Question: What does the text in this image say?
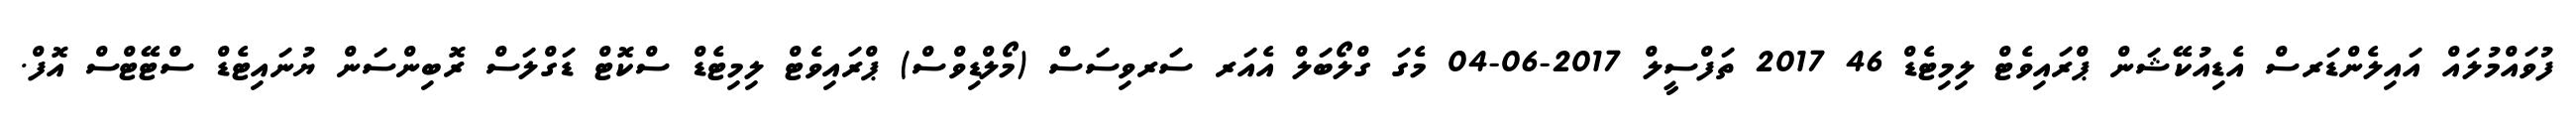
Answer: ފުވައްމުލައް އައިލެންޑަރސް އެޑިއުކޭޝަން ޕްރައިވެޓް ލިމިޓެޑް 46 2017 ތަފްސީލް 2017-06-04 މެގަ ގްލޯބަލް އެއަރ ސަރވިސަސް (މޯލްޑިވްސް) ޕްރައިވެޓް ލިމިޓެޑް ސްކޮޓް ޑަގްލަސް ރޮބިންސަން ޔުނައިޓެޑް ސްޓޭޓްސް އޮފް.